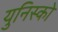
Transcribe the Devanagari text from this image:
युनिस्को